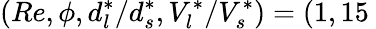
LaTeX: \left(Re,\phi,d_{l}^{*}/d_{s}^{*},V_{l}^{*}/V_{s}^{*}\right)=(1,15\